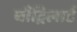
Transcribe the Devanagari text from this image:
बौद्रिलार्ड